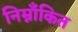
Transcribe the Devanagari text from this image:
निम्नाँकित